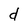
Character: d